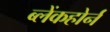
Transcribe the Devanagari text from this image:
ब्लेंकहोर्न